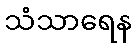
သံသာရေန